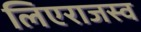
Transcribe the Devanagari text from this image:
लिएराजस्व